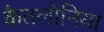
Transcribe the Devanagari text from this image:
कैतलोनिया